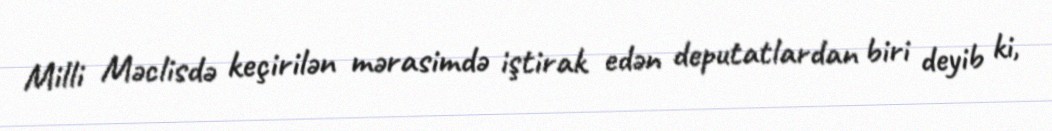
Milli Məclisdə keçirilən mərasimdə iştirak edən deputatlardan biri deyib ki,